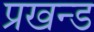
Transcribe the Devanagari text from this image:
प्रखन्ड